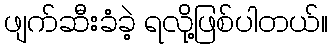
ဖျက်ဆီးခံခဲ့ ရလို့ဖြစ်ပါတယ်။